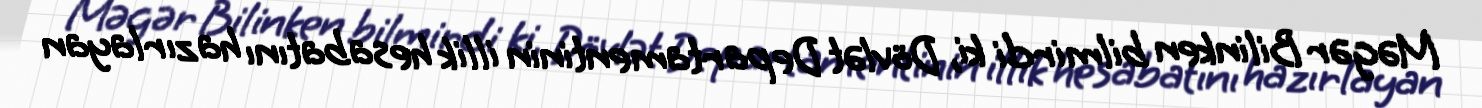
Məgər Bilinken bilmirdi ki, Dövlət Departamentinin illik hesabatını hazırlayan